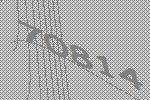
70814